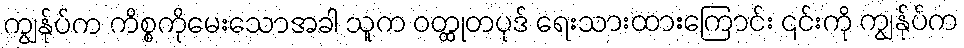
ကျွန်ုပ်က ကိစ္စကိုမေးသောအခါ သူက ဝတ္ထုတပုဒ် ရေးသားထားကြောင်း ၎င်းကို ကျွန်ုပ်က